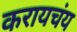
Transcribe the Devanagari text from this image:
करायचंय